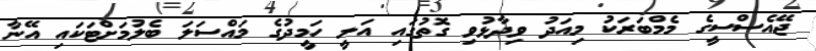
ޖޭއެސްސީގެ މެމްބަރަކު މިއަދު ވިދާޅުވި ގޮތުގައި އަލީ ހަމީދުގެ މައްސަލަ ބެލުމަށްޓަކައި އޭނާ